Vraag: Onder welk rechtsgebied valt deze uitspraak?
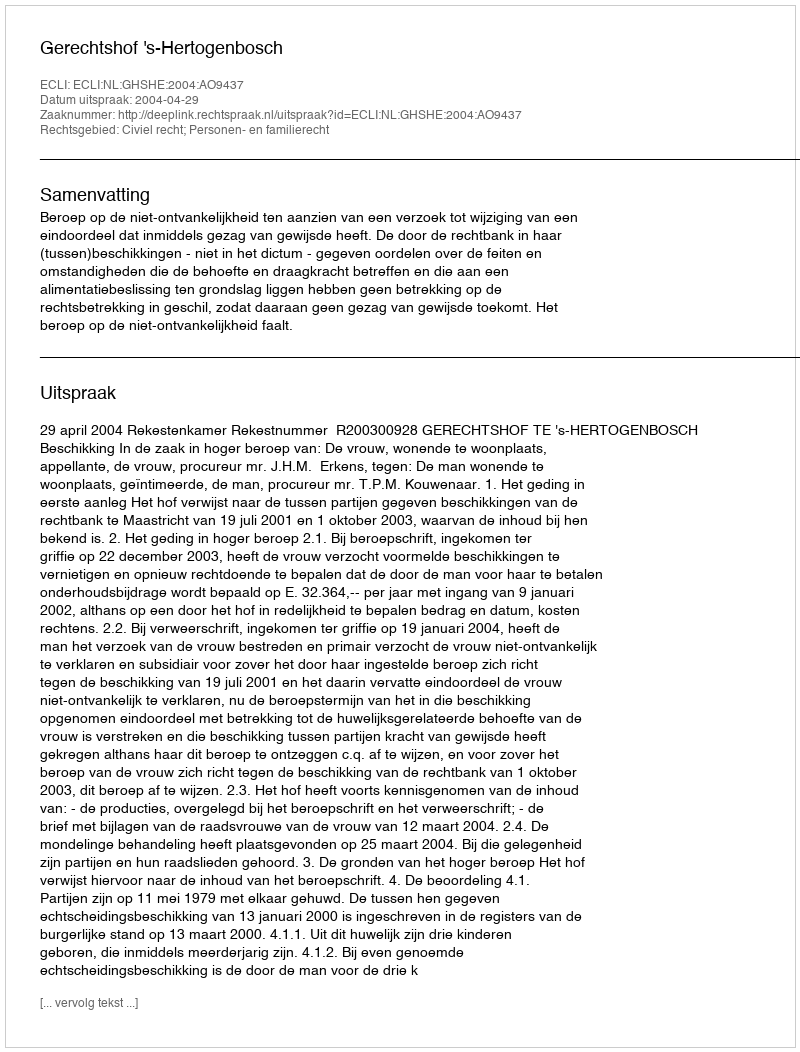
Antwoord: Civiel recht; Personen- en familierecht